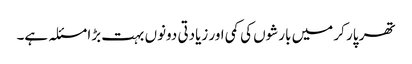
تھر پار کر میں بارشوں کی کمی اور زیادتی دونوں بہت بڑا مسئلہ ہے۔